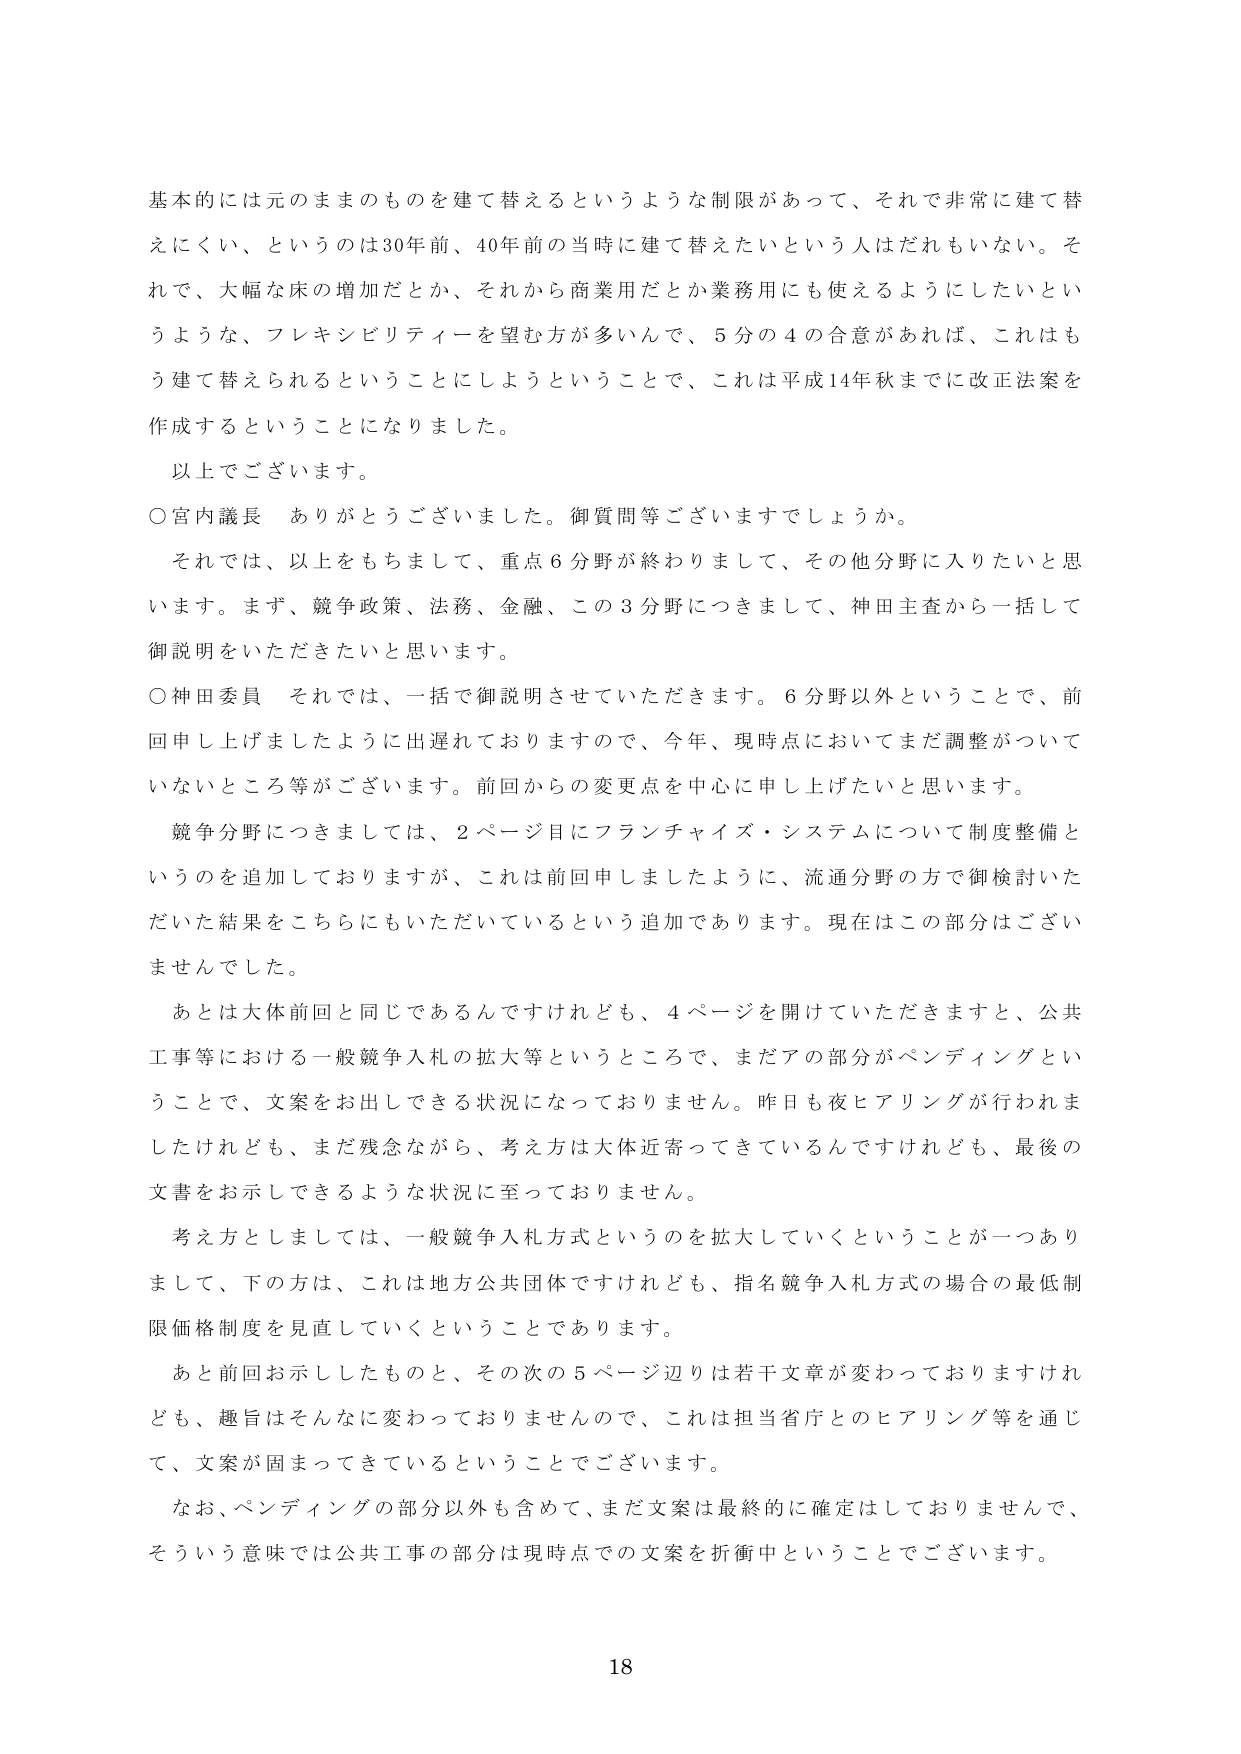
基本的には元のままのものを建て替えるというような制限があって、それで非常に建て替えにくい、というのは30年前、40年前の当時に建て替えたいという人はだれもいない。それで、大幅な床の増加だとか、それから商業用だとか業務用にも使えるようにしたいというような、フレキシビリティーを望む方が多いんで、5分の4の合意があれば、これはもう建て替えられるということにしようということで、これは平成14年秋までに改正法案を作成することになりました。

以上でございます。

○宮内議長　ありがとうございました。御質問等ございますでしょうか。

それでは、以上をもちまして、重点6分野が終わりまして、その他分野に入りたいと思います。まず、競争政策、法務、金融、この3分野につきまして、神田主査から一括して御説明をいただきたいと思います。

○神田委員　それでは、一括で御説明させていただきます。6分野以外ということで、前回申し上げましたように出遅れておりますので、今年、現時点においてまだ調整がついていないところ等がございます。前回からの変更点を中心に申し上げたいと思います。

競争分野につきましては、2ページ目にフランチャイズ・システムについて制度整備というのを追加しておりますが、これは前回申しましたように、流通分野の方で御検討いただいた結果をこちらにもいただいているという追加であります。現在はこの部分はございませんでした。

あとは大体前回と同じであるんですけれども、4ページを開けていただきますと、公共工事等における一般競争入札の拡大等というところで、まだアの部分がペンディングということで、文案をお出しできる状況になっておりません。昨日も夜ヒアリングが行われましたけれども、まだ残念ながら、考え方は大体近寄ってきているんですけれども、最後の文書をお示しできるような状況に至っておりません。

考え方としましては、一般競争入札方式というのを拡大していくということが一つありまして、下の方は、これは地方公共団体ですけれども、指名競争入札方式の場合の最低制限価格制度を見直していくということであります。

あと前回お示ししたものと、その次の5ページ辺りは若干文章が変わっておりますけれども、趣旨はそんなに変わっておりませんので、これは担当省庁とのヒアリング等を通じて、文案が固まってきているということでございます。

なお、ペンディングの部分以外も含めて、まだ文案は最終的に確定はしておりませんで、そういう意味では公共工事の部分は現時点での文案を折衝中ということでございます。

18